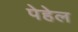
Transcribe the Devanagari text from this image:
पेहेल